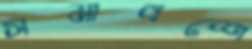
সমাবশে